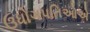
ઉધોગપતિઓએ